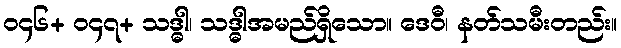
၀၄၆+ ၀၄၇+ သဒ္ဓါ၊ သဒ္ဓါအမည်ရှိသော။ ဒေဝီ၊ နတ်သမီးတည်း။